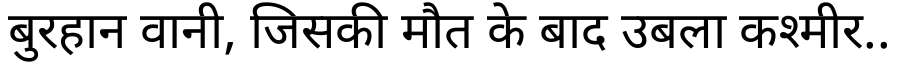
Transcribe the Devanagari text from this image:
बुरहान वानी, जिसकी मौत के बाद उबला कश्मीर..